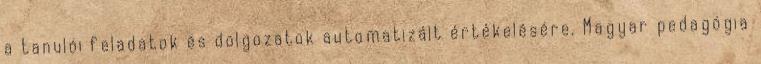
a tanulói feladatok és dolgozatok automatizált értékelésére. Magyar pedagógia